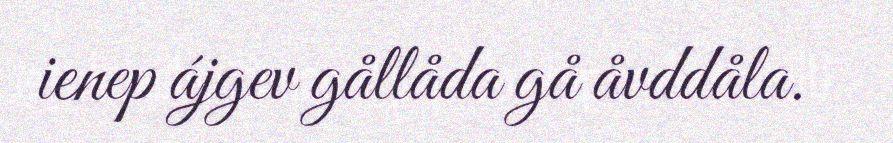
ienep ájgev gållåda gå åvddåla.